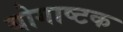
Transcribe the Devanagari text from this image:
योगाष्टक